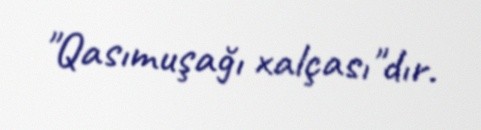
"Qasımuşağı xalçası"dır.